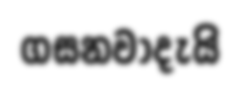
ගසනවාදැයි